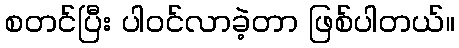
စတင်ပြီး ပါဝင်လာခဲ့တာ ဖြစ်ပါတယ်။